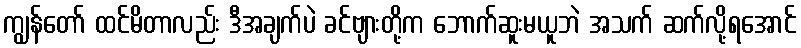
ကျွန်တော် ထင်မိတာလည်း ဒီအချက်ပဲ ခင်ဗျားတို့က ဘောက်ဆူးမယူဘဲ အသက် ဆက်လို့ရအောင်